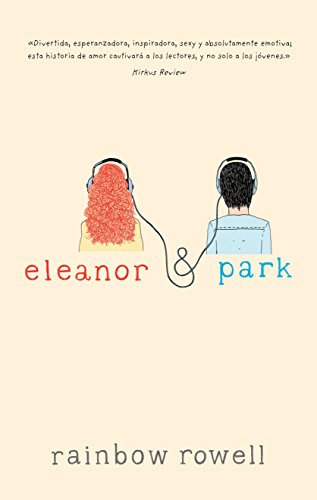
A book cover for Eleanor & Park (Spanish Edition); Rainbow Rowell; Teen & Young Adult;